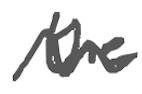
Text: the
Cross-out: wave
Writing tool: digital_gray